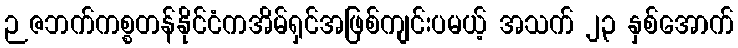
ဉဇဘက်ကစ္စတန်နိုင်ငံကအိမ်ရှင်အဖြစ်ကျင်းပမယ့် အသက် ၂၃ နှစ်အောက်